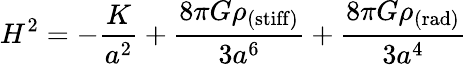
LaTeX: H^{2}=-\frac{K}{a^{2}}+\frac{8\pi G\rho_{\mathrm{(stiff)}}}{3a^{6}}+\frac{8\pi G\rho_{\mathrm{(rad)}}}{3a^{4}}